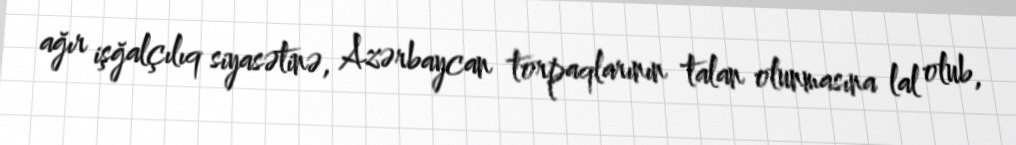
ağır işğalçılıq siyasətinə, Azərbaycan torpaqlarının talan olunmasına lal olub,